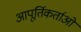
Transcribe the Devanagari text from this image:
आपूर्तिकर्ताओ